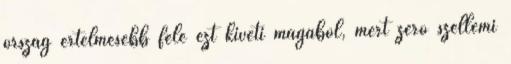
ország értelmesebb fele ezt kiveti magából, mert zéró szellemi